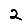
Digit: 2